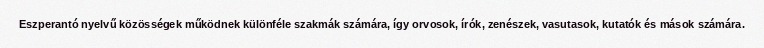
Eszperantó nyelvű közösségek működnek különféle szakmák számára, így orvosok, írók, zenészek, vasutasok, kutatók és mások számára.